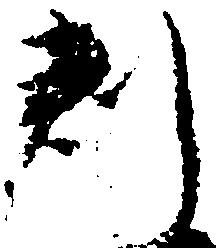
判